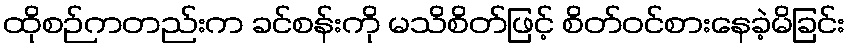
ထိုစဉ်ကတည်းက ခင်စန်းကို မသိစိတ်ဖြင့် စိတ်ဝင်စားနေခဲ့မိခြင်း